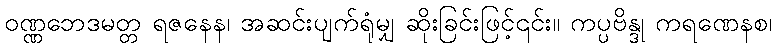
ဝဏ္ဏဘေဒမတ္တ ရဇနေန၊ အဆင်းပျက်ရုံမျှ ဆိုးခြင်းဖြင့်၎င်း။ ကပ္ပဗိန္ဒု ကရဏေနစ၊